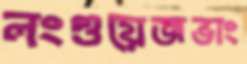
লংগুয়েজভাং